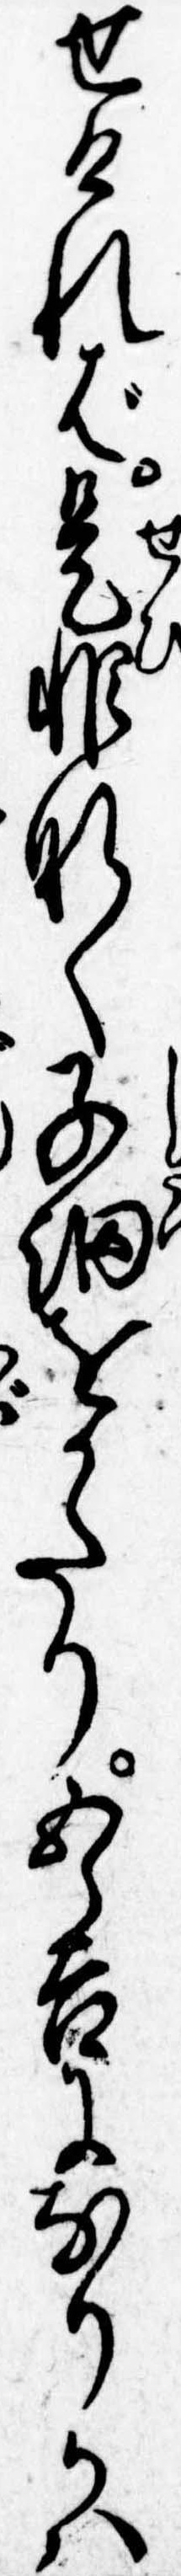
せければ是非なく子細をかたり五郎吉になりかは